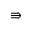
\Rrightarrow